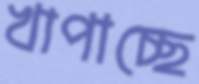
খাপাচ্ছে